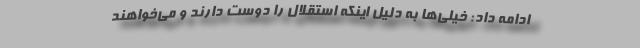
ادامه داد:‌ خیلی‌ها به دلیل اینکه استقلال را دوست دارند و می‌خواهند